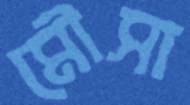
মৌসা